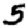
Digit: 5